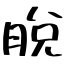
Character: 脫